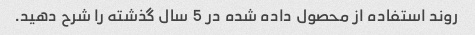
روند استفاده از محصول داده شده در 5 سال گذشته را شرح دهید.